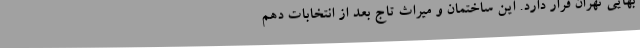
بهایی تهران قرار دارد. این ساختمان و میراث تاج بعد از انتخابات دهم